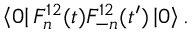
\left\langle 0 \right| F _ { n } ^ { 1 2 } ( t ) F _ { - n } ^ { 1 2 } ( t ^ { \prime } ) \left| 0 \right\rangle .